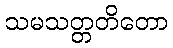
သမသတ္တတိတော